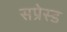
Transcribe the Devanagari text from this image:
सप्रेस्ड